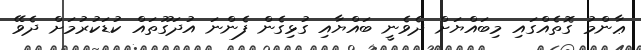
ޢާންމު ގޮތެއްގައި މިބައްޔަށް ދެވެނީ ބައްޔާއި ގުޅިގެން ފެންނަ އުދަގޫތައް ކުޑަކުރުމަށް ދެވޭ